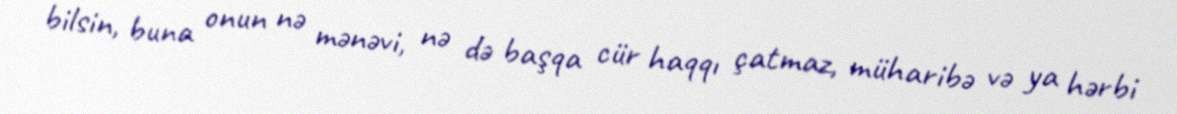
bilsin, buna onun nə mənəvi, nə də başqa cür haqqı çatmaz, müharibə və ya hərbi